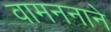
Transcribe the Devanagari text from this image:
वामननाने